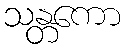
သန္တကော